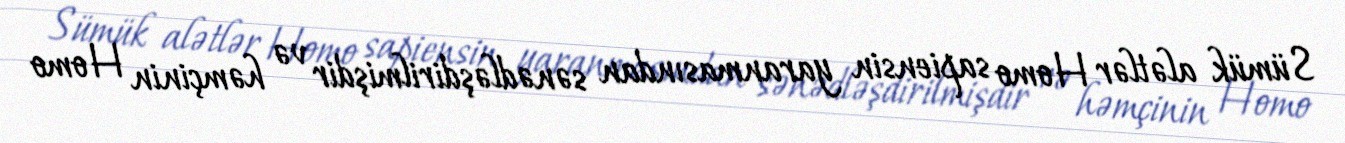
Sümük alətlər Homo sapiensin yaranmasından sənədləşdirilmişdir və həmçinin Homo